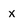
Character: x